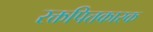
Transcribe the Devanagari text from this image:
रक्तपित्तकारक